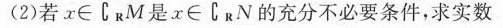
(2) 若x\in C_{R}M是x\in C_{R}N的充分不必要条件，求实数